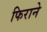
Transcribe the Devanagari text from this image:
फिराने